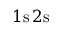
1 \mathrm { s } \, 2 \mathrm { s }